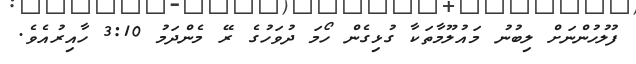
ފުލުހުންނަށް ލިބުނު މައުލޫމާތަކާ ގުޅިގެން ހޯމަ ދުވަހުގެ ރޭ މެންދަމު 3:10 ހާއިރުއެވެ.